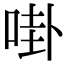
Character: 啩